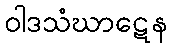
ဝါဒသံဃာဋေန